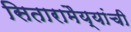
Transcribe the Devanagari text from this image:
सितारामैय्यांची